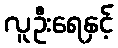
လူဦးရေနှင့်